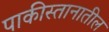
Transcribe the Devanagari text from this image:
पाकीस्तानातील